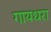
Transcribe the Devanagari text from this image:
गायधरा